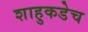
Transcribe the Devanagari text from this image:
शाहुकडेच